Senior Leaving Certificate Examination (including Day School Certificate (Higher) General paper), 1947
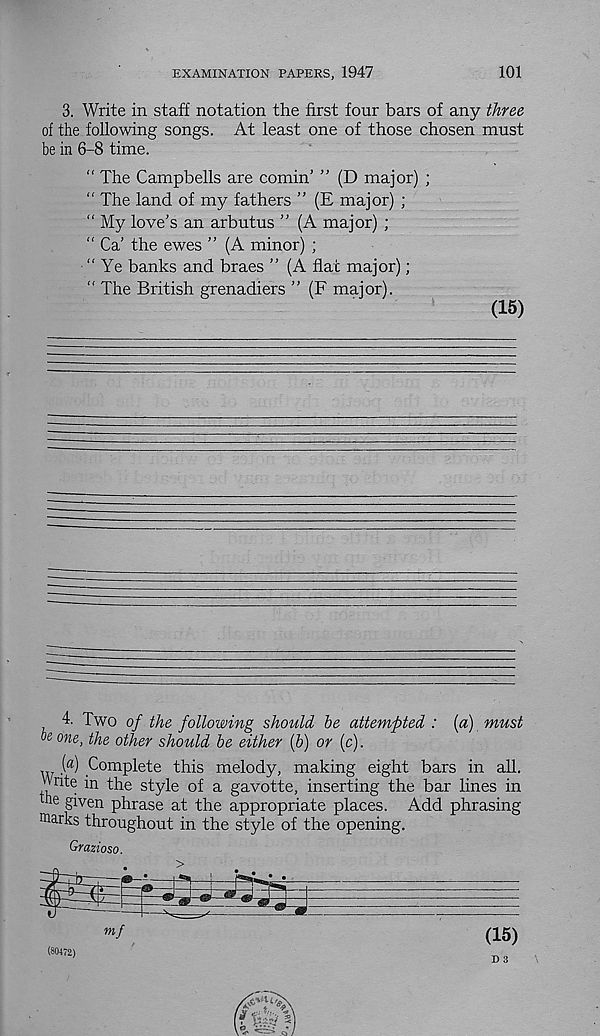
EXAMINATION PAPERS, 1947
101
3. Write in staff notation the first four bars of any three
of the following songs. At least one of those chosen must
be in 6-8 time.
“ The Campbells are cornin’ ” (D major) ;
“ The land of my fathers ” (E major) ;
“ My love’s an arbutus ” (A major) ;
" Ca’ the ewes ” (A minor) ;
“Ye banks and braes ” (A flat major);
“ The British grenadiers ” (F major).
(15)
4. Two of the following should be attempted : (a) must
one, the other should be either (b) or (c).
. ( a ) Complete this melody, making eight bars in all.
Write in the style of a gavotte, inserting the bar lines in
he given phrase at the appropriate places. Add phrasing
warks throughout in the style of the opening.
Grazioso.
mf
(15)
(80472)